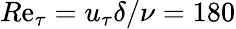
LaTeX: \displaystyle{{R\mathrm{e}}_{\tau}=u_{\tau}\delta/\nu}=180